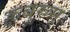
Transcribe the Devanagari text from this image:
रुबुरुम्